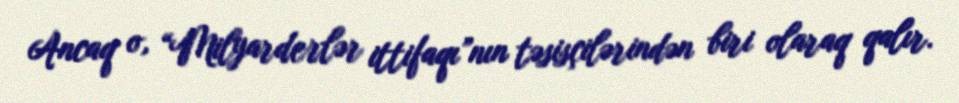
Ancaq o, “Milyarderlər ittifaqı”nın təsisçilərindən biri olaraq qalır.